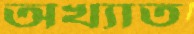
অখ্যাত